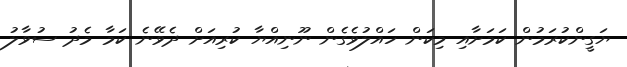
ޔަގީންކުރަމުން ކަމަށާއި މިކަން ހައްލުވެގެން ނޫނިއްޔާ ކުރިއަށް ދެވޭނެ ކަމާ މެދު ސުވާލު